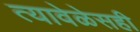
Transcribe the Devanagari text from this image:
त्यावेळेसही